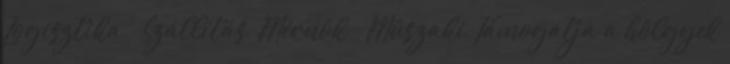
Logisztika Szállítás, Mérnök Műszaki Támogatja a hölgyek